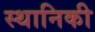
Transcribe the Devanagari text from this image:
स्थानिकी